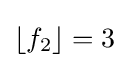
\left\lfloor f_{2}\right\rfloor =3